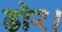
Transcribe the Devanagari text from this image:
ढोर।